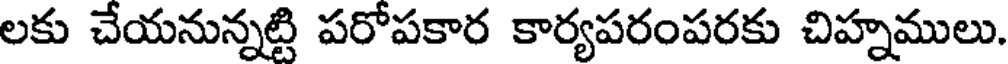
లకు చేయనున్నట్టి పరోపకార కార్యపరంపరకు చిహ్నములు.